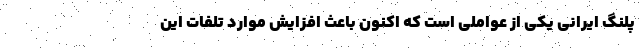
پلنگ ایرانی یکی از عواملی است که اکنون باعث افزایش موارد تلفات این